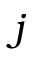
j